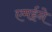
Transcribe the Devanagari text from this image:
एमईने